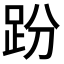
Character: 𧿚